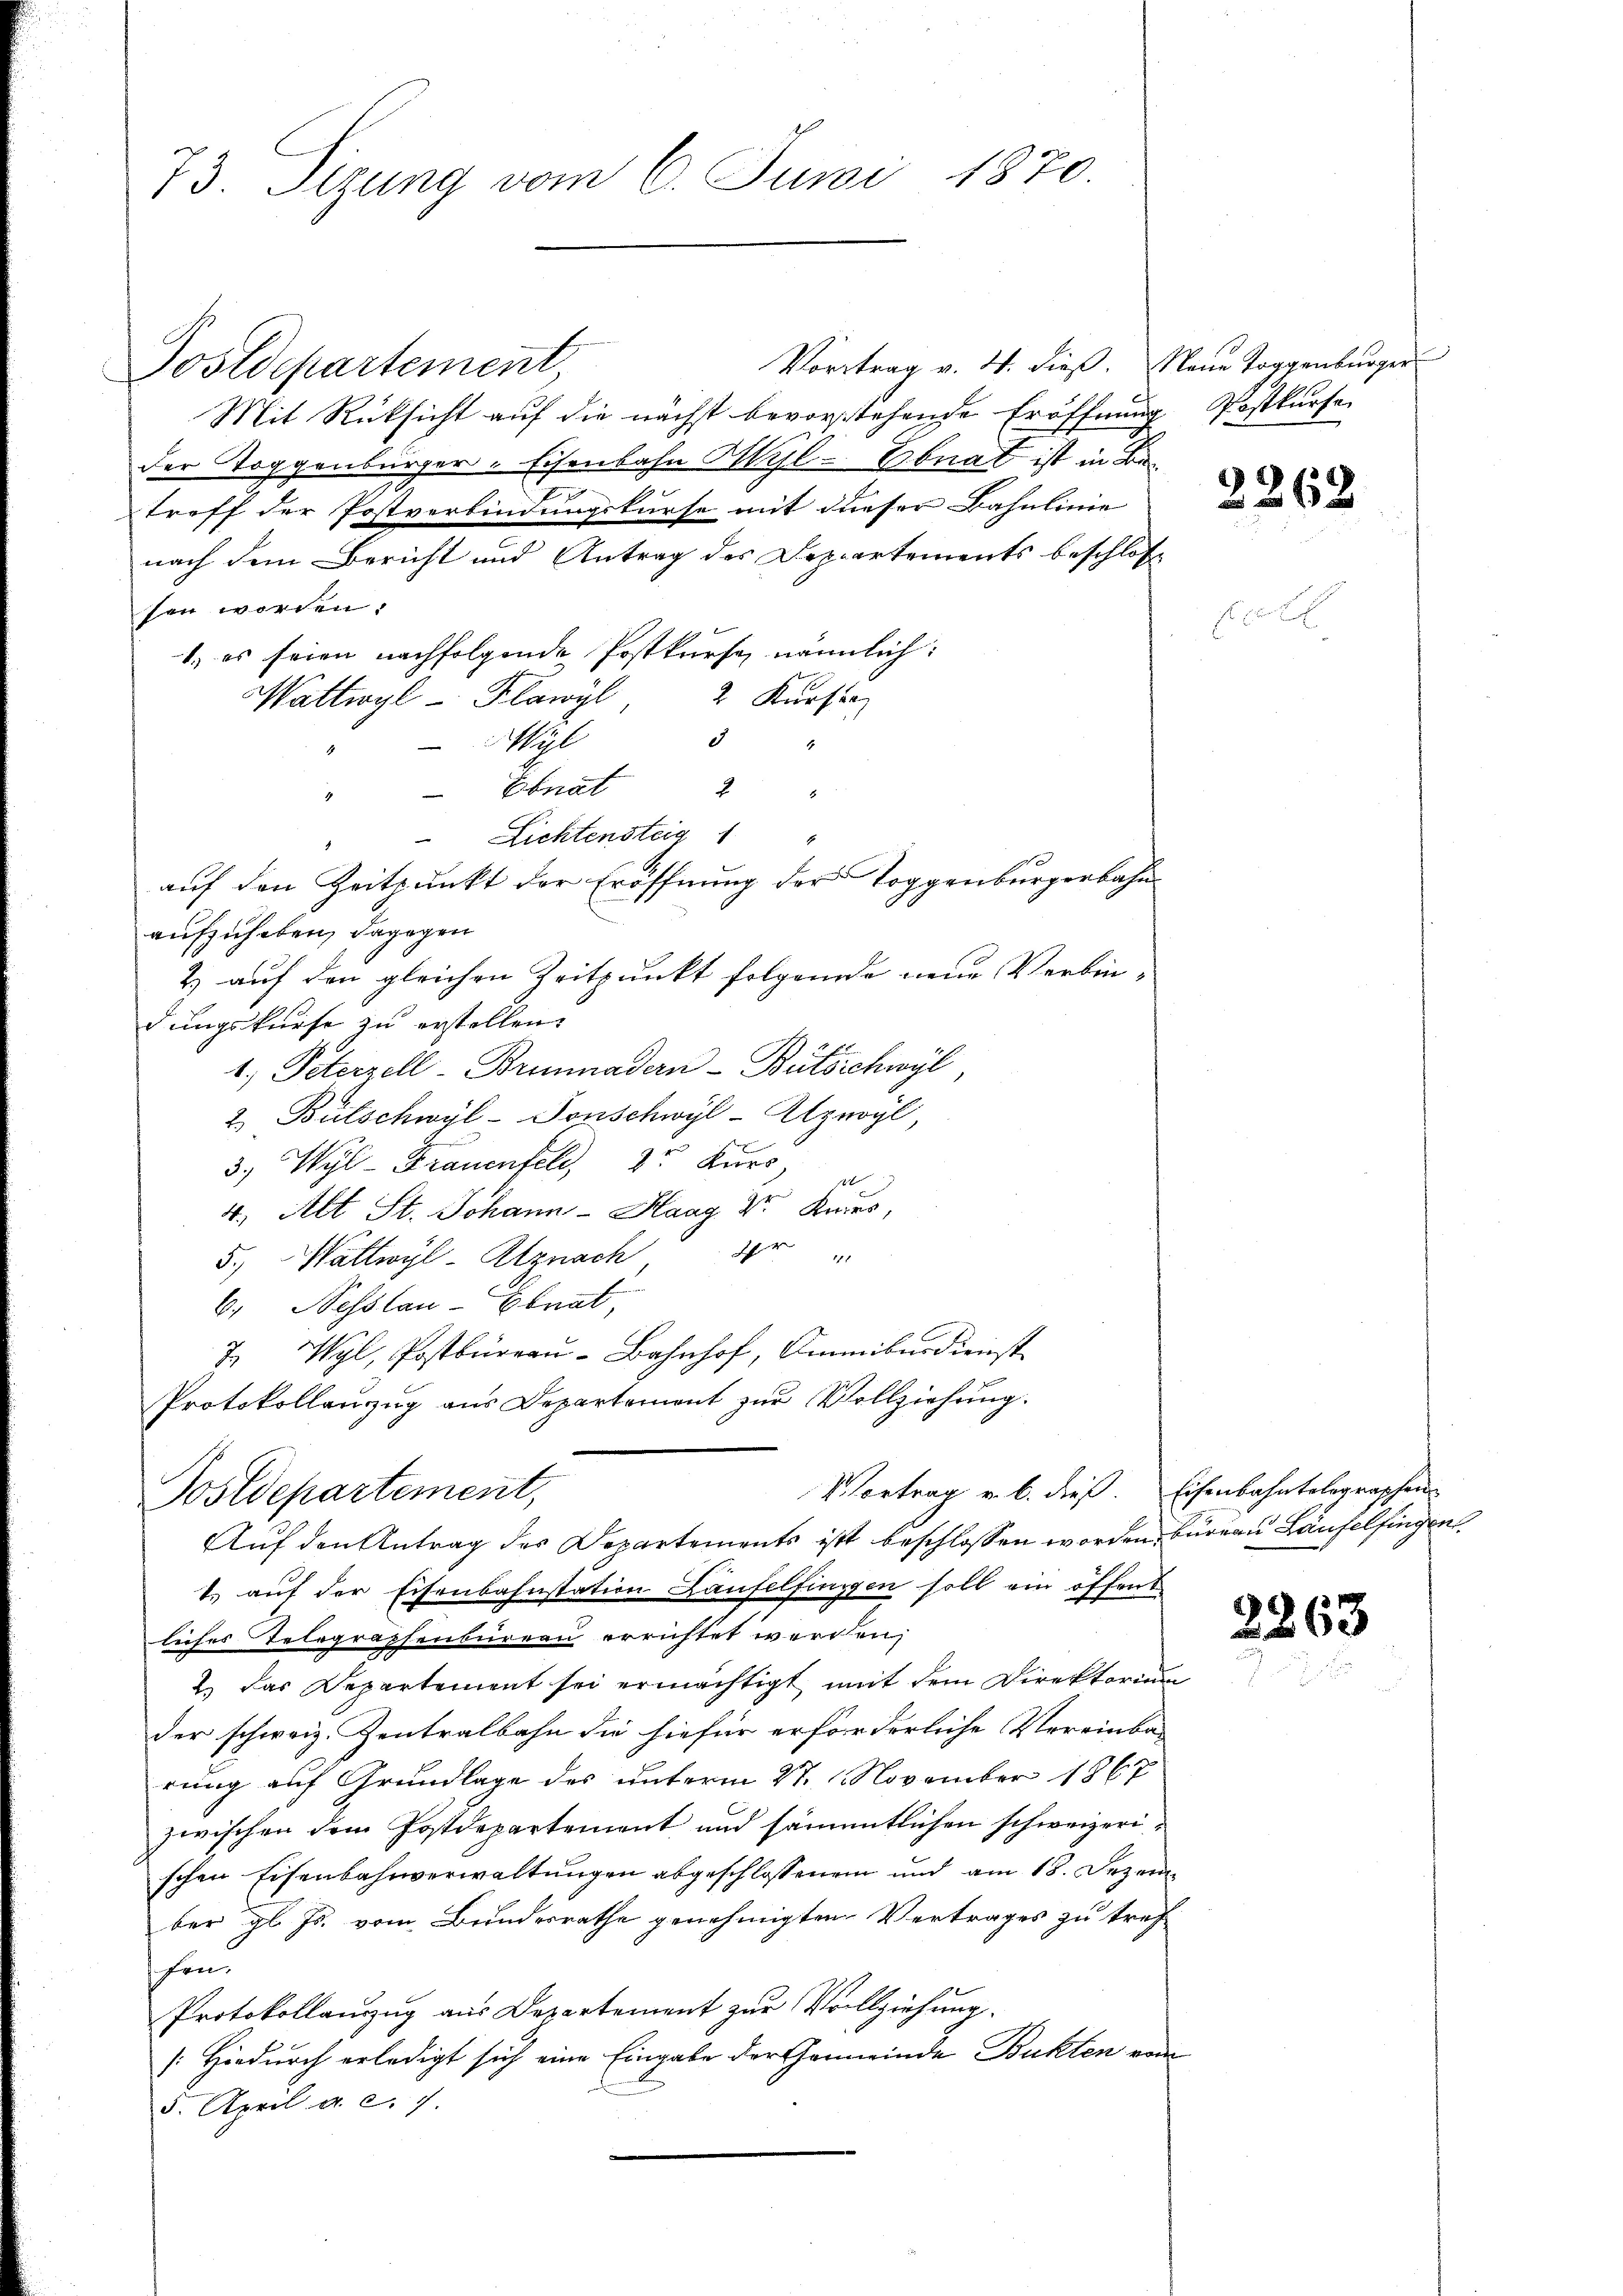
Vortrag v. 4. dieβ. Neue Toggenburger
Postdepartement
Mit Rücksicht auf die nächst bevorstehende Eröffnung Postkurfe
der Toggenbürger. Eisenbahn Wyl-Ebnat ist in Betreff der Postverbindungskurse mit dieser Bahnlinie
nach dem Bericht und Antrag des Departements beschloße
sen worden.
1.) es seien nachfolgende Postkurse nämmlich:
Wattwyl Flawyl 2 Kurstr
d
Wil
Ebnat
2
Lichtensteig 1
auf den Zeitpunkt der Eröffnung der Toggenburgerbahn
aufzuheben, dagegen
& auf den gleichen Zeitpunkt folgende neue Verbin-
dungskurse zu erstellen.
1.) Peterzell-Briminadern-Bütschwyl
2. Bütschwyl-Tonschwyl-Alzwyl,
3.) Wyl-Frauenfeld, 2r Kurs
1
4. Alt St. Johann - Haag Dr. Knies,
dr
B.
5.) Wattwyl-Atznach
6. Nesslau-Ebnat,
7 Wyl, Postbüreau-Bahnhof, Ammiburdienst
Protokollanzug aus Departement zur Vollziehung.
Vortrag u. b. dieß. Eisenbahntelegraphen
Postdepartement,
Auf den Antrag des Departements ist beschlossen worden, büreau Laufelfingen
1.) auf der Eisenbahnstation Laufelfingen soll ein öffent
liches Telegraphenbüreau errichtet worden,
2.) Das Departement sei ermächtigt, mit dem Direktorium
der schweiz. Zentralbahn die hiefür erforderliche Vereinba-
rung auf Grundlage des unterm 27. November 1867
zwischen dem Postdepartement und sämmtlichen schweizerischen Eisenbahnverwaltungen abgeschlossenen und am 18. Dezem
ber gl. Js. vom Bundesrathe genehmigten Vertrages zu tref
fen.
Protokollanzug aus Departement zur Vollziehung.
[Hiedurch erledigt sich eine Eingabe der Gemeinde Bukten vom
5. April a. c. 7.

73. Sizung vom 6. Juni 1870.

2268

2263